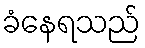
ခံနေရသည်